Problem: 12 + 9 = ?
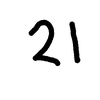
Handwritten answer: 21